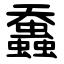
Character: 䘉